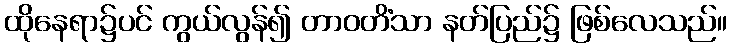
ထိုနေရာ၌ပင် ကွယ်လွန်၍ တာဝတိံသာ နတ်ပြည်၌ ဖြစ်လေသည်။